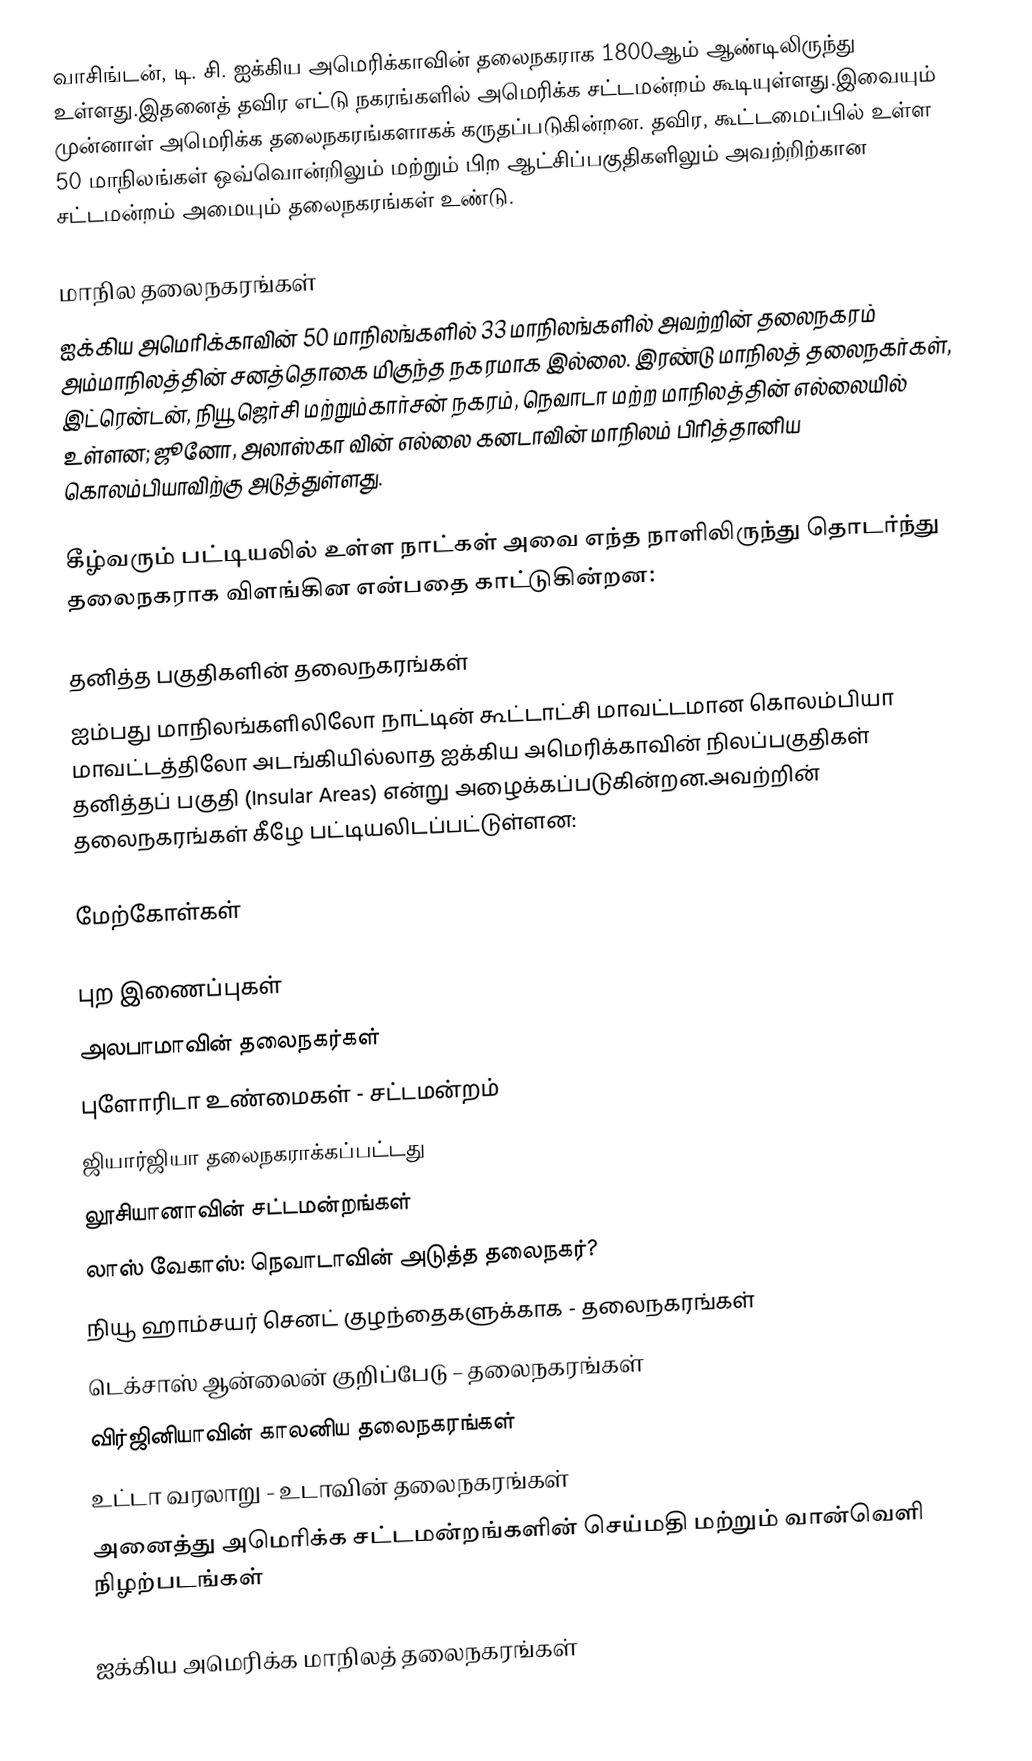
வாசிங்டன், டி. சி. ஐக்கிய அமெரிக்காவின் தலைநகராக 1800ஆம் ஆண்டிலிருந்து உள்ளது.இதனைத் தவிர எட்டு நகரங்களில் அமெரிக்க சட்டமன்றம் கூடியுள்ளது.இவையும் முன்னாள் அமெரிக்க தலைநகரங்களாகக் கருதப்படுகின்றன. தவிர, கூட்டமைப்பில் உள்ள 50 மாநிலங்கள் ஒவ்வொன்றிலும் மற்றும் பிற ஆட்சிப்பகுதிகளிலும் அவற்றிற்கான சட்டமன்றம் அமையும் தலைநகரங்கள் உண்டு.

மாநில தலைநகரங்கள்
ஐக்கிய அமெரிக்காவின் 50 மாநிலங்களில் 33 மாநிலங்களில் அவற்றின் தலைநகரம் அம்மாநிலத்தின் சனத்தொகை மிகுந்த நகரமாக இல்லை. இரண்டு மாநிலத் தலைநகர்கள், இட்ரென்டன், நியூ ஜெர்சி மற்றும்கார்சன் நகரம், நெவாடா மற்ற மாநிலத்தின் எல்லையில் உள்ளன; ஜூனோ, அலாஸ்கா வின் எல்லை கனடாவின் மாநிலம் பிரித்தானிய கொலம்பியாவிற்கு அடுத்துள்ளது.

கீழ்வரும் பட்டியலில் உள்ள நாட்கள் அவை எந்த நாளிலிருந்து தொடர்ந்து தலைநகராக விளங்கின என்பதை காட்டுகின்றன:

தனித்த பகுதிகளின் தலைநகரங்கள்
ஐம்பது மாநிலங்களிலிலோ நாட்டின் கூட்டாட்சி மாவட்டமான கொலம்பியா மாவட்டத்திலோ அடங்கியில்லாத ஐக்கிய அமெரிக்காவின் நிலப்பகுதிகள் தனித்தப் பகுதி (Insular Areas) என்று அழைக்கப்படுகின்றன.அவற்றின் தலைநகரங்கள் கீழே பட்டியலிடப்பட்டுள்ளன:

மேற்கோள்கள்

புற இணைப்புகள்
 அலபாமாவின் தலைநகர்கள்
 புளோரிடா உண்மைகள் - சட்டமன்றம்
 ஜியார்ஜியா தலைநகராக்கப்பட்டது
 லூசியானாவின் சட்டமன்றங்கள்
 லாஸ் வேகாஸ்: நெவாடாவின் அடுத்த தலைநகர்?
 நியூ ஹாம்சயர் செனட் குழந்தைகளுக்காக - தலைநகரங்கள்
 டெக்சாஸ் ஆன்லைன் குறிப்பேடு – தலைநகரங்கள்
 விர்ஜினியாவின் காலனிய தலைநகரங்கள்
 உட்டா வரலாறு - உடாவின் தலைநகரங்கள்
 அனைத்து அமெரிக்க சட்டமன்றங்களின் செய்மதி மற்றும் வான்வெளி நிழற்படங்கள்

ஐக்கிய அமெரிக்க மாநிலத் தலைநகரங்கள்